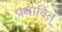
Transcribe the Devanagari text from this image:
प्रथावित